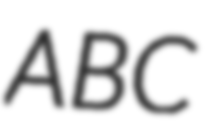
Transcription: ABC